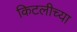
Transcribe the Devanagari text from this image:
किटलीच्या